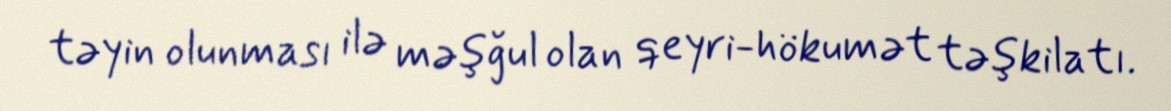
təyin olunması ilə məşğul olan qeyri-hökumət təşkilatı.